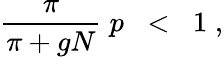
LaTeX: \frac{\pi}{\pi+gN}\; p\; \; <\; \; 1\; ,